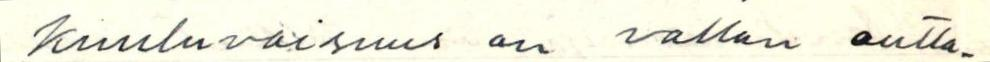
kuuluvaisuus on vallan autta-